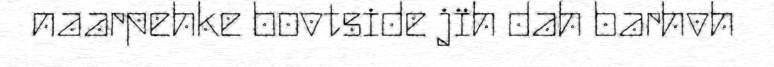
naarpehke bovtside jïh dah barhvh